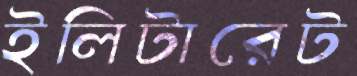
ইলিটারেট